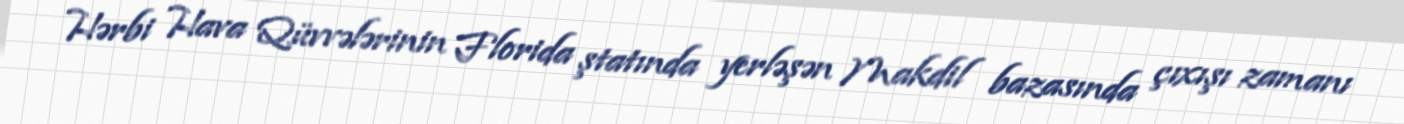
Hərbi Hava Qüvvələrinin Florida ştatında yerləşən Makdil bazasında çıxışı zamanı